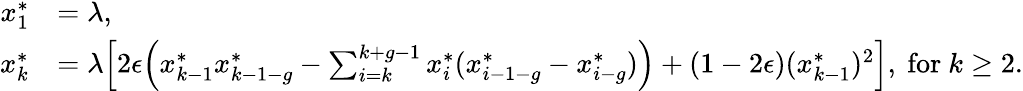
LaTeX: \begin{array}{rl}{x_{1}^{*}}&{=\lambda,}\\ {x_{k}^{*}}&{=\lambda\Big[2\epsilon\Big(x_{k-1}^{*}x_{k-1-g}^{*}-\sum_{i=k}^{k+g-1}x_{i}^{*}(x_{i-1-g}^{*}-x_{i-g}^{*})\Big)+(1-2\epsilon)(x_{k-1}^{*})^{2}\Big],\mathrm{~for~}k\geq 2.}\end{array}